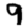
Digit: 9